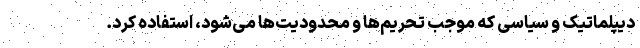
دیپلماتیک و سیاسی که موجب تحریم‌ها و محدودیت‌ها می‌شود، استفاده کرد.